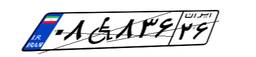
۹۱W۲۲۰۴۴